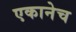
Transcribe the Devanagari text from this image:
एकानेच